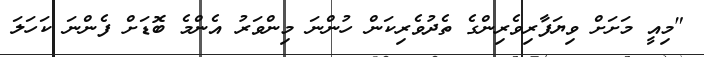
"މިއީ މަށަށް ވިޔަފާރިވެރިންގެ ތެދުވެރިކަން ހުންނަ މިންވަރު އެންމެ ބޮޑަށް ފެންނަ ކަހަލަ